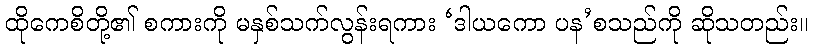
ထိုကေစိတို့၏ စကားကို မနှစ်သက်လွန်းရကား ‘ဒါယကော ပန’စသည်ကို ဆိုသတည်း။